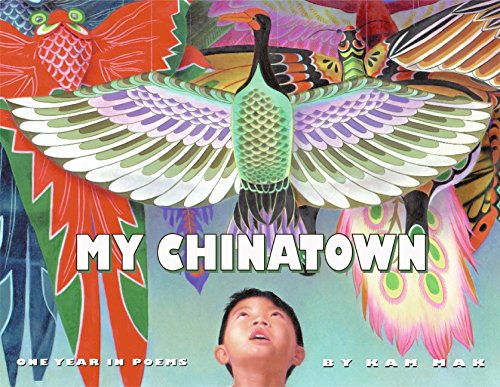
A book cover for My Chinatown: One Year in Poems; Kam Mak; Children's Books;